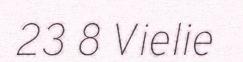
23 8 Vielie